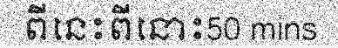
ពីនេះពីនោះ50 mins